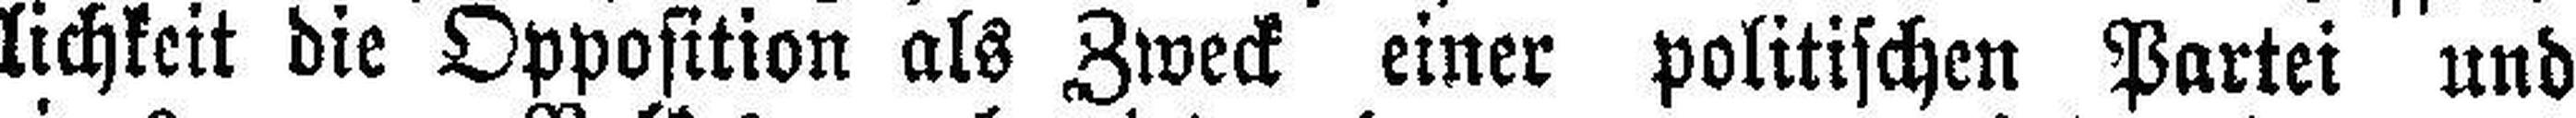
lichkeit die Opposition als Zweck einer politischen Partei und